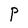
Character: P